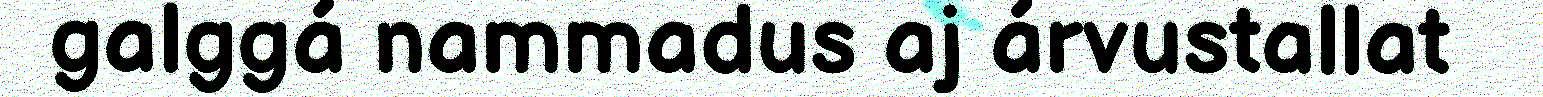
galggá nammadus aj árvustallat